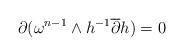
LaTeX: \begin{align*}{\partial} (\omega^{n-1} \wedge h^{-1} \overline{\partial} h) = 0\end{align*}